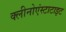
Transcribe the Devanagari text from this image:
क्लीनोएंस्टाटाइट